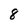
Character: 8